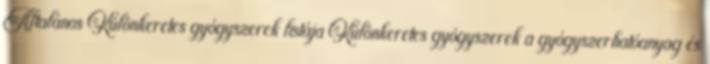
Általános Különkeretes gyógyszerek listája Különkeretes gyógyszerek a gyógyszerhatóanyag és